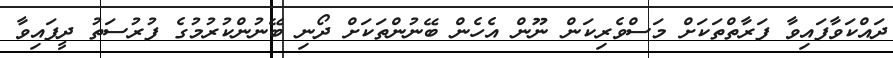
ދައްކަވާފައިވާ ފަރާތްތަކަށް މަސްވެރިކަން ނޫން އެހެން ބޭނުންތަކަށް ދޯނި ބޭނުންކުރުމުގެ ފުރުސަތު ދީފައިވާ